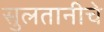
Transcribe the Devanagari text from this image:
सुलतानीचे